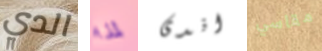
الدي لمذا اندى مقاسي